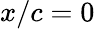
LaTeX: x/c=0